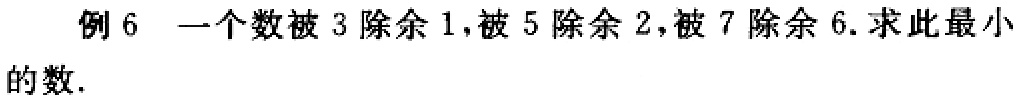
例6 一个数被3除余1,被5除余2,被7除余6.求此最小的数.